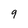
Character: 9